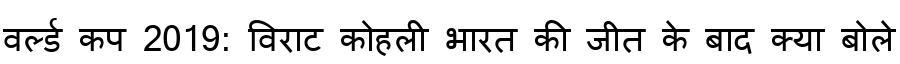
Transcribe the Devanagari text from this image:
वर्ल्ड कप 2019: विराट कोहली भारत की जीत के बाद क्या बोले